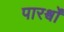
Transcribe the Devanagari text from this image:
पारर्श्वों